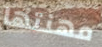
مهنتها